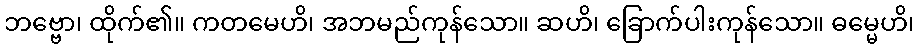
ဘဗ္ဗော၊ ထိုက်၏။ ကတမေဟိ၊ အဘမည်ကုန်သော။ ဆဟိ၊ ခြောက်ပါးကုန်သော။ ဓမ္မေဟိ၊